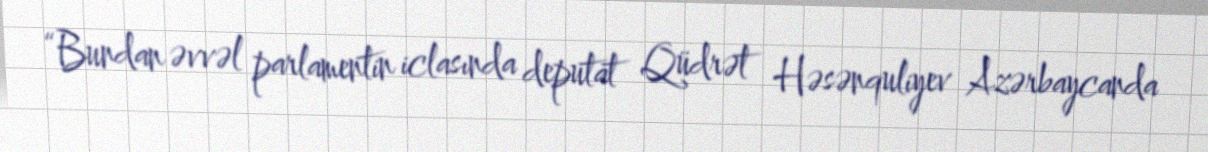
“Bundan əvvəl parlamentin iclasında deputat Qüdrət Həsənquliyev Azərbaycanda